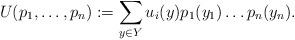
LaTeX: \begin{align*}U(p_1,\ldots,p_n) := \sum\limits_{y \in Y} u_i(y)p_1(y_1)\ldots p_n(y_n).\end{align*}